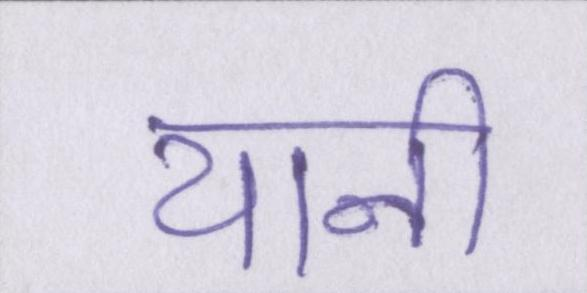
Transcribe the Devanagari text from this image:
यानी